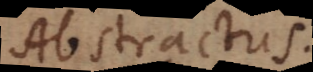
Abstractus.